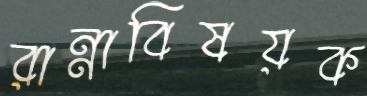
রান্নাবিষয়ক